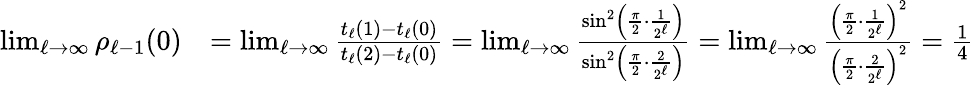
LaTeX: \begin{array}{rl}{\operatorname*{lim}_{\ell\to\infty}\rho_{\ell-1}(0)}&{=\operatorname*{lim}_{\ell\to\infty}\frac{t_{\ell}(1)-t_{\ell}(0)}{t_{\ell}(2)-t_{\ell}(0)}=\operatorname*{lim}_{\ell\to\infty}\frac{\sin^{2}\left(\frac{\pi}{2}\cdot\frac{1}{2^{\ell}}\right)}{\sin^{2}\left(\frac{\pi}{2}\cdot\frac{2}{2^{\ell}}\right)}=\operatorname*{lim}_{\ell\to\infty}\frac{\left(\frac{\pi}{2}\cdot\frac{1}{2^{\ell}}\right)^{2}}{\left(\frac{\pi}{2}\cdot\frac{2}{2^{\ell}}\right)^{2}}=\frac{1}{4}}\end{array}